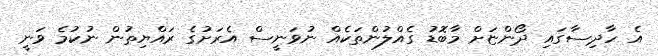
އެ ހާދިސާގައި ދޯންޏަށް މާބޮޑު ގެއްލުންތަކެއް ނުވަނީސް އެރަށުގެ ރައްޔިތުން ނުކުމެ ވަނީ